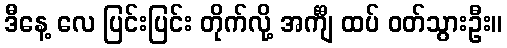
ဒီနေ့ လေ ပြင်းပြင်း တိုက်လို့ အင်္ကျီ ထပ် ဝတ်သွားဦး။